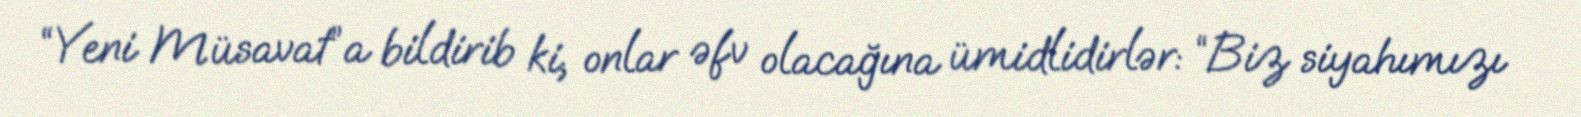
“Yeni Müsavat”a bildirib ki, onlar əfv olacağına ümidlidirlər: “Biz siyahımızı